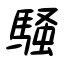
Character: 騒